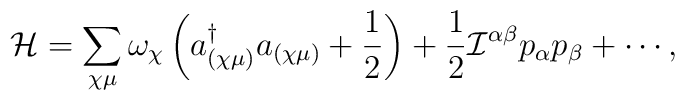
{\cal H} = \sum_{\chi \mu} 	\omega_{\chi} \left( a_{(\chi \mu)}^{\dag} a_{(\chi \mu)} + 	\frac{1}{2} \right) + 	\frac{1}{2} {\cal I}^{\alpha \beta} p_{\alpha} p_{\beta} + 	\cdots ,